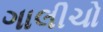
ગાલીચો